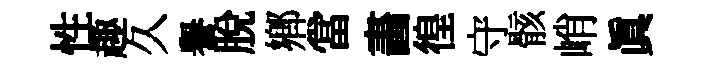
性趣久譽脱鄉當畵徨守骸峭眞